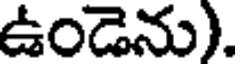
ఉండెను).